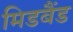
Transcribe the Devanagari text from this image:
मिडबैंड